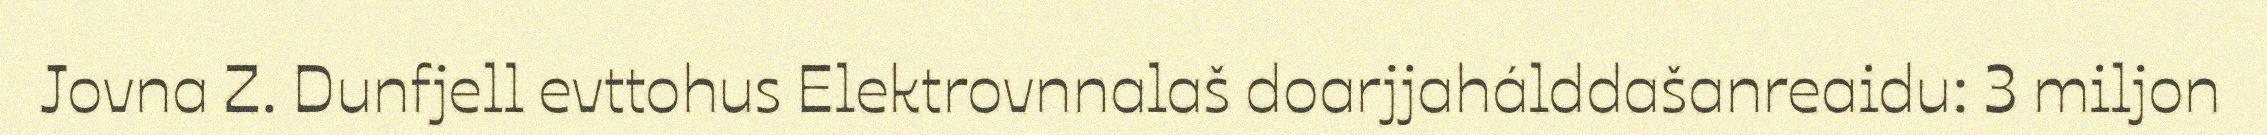
Jovna Z. Dunfjell evttohus Elektrovnnalaš doarjjahálddašanreaidu: 3 miljon